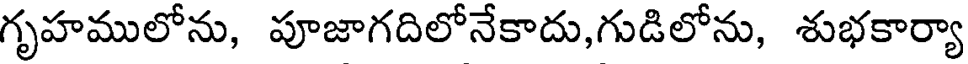
గృహములోను, పూజాగదిలోనేకాదు,గుడిలోను, శుభకార్యా